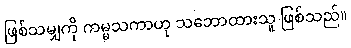
ဖြစ်သမျှကို ကမ္မသကာဟု သဘောထားသူ ဖြစ်သည်။